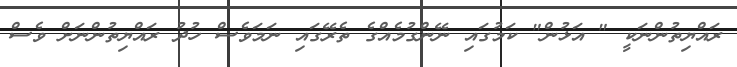
ރައްޔިތުންނަކީ " އަޅުން" ކަމުގައި ނޭންގުމެއްގެ ތެރޭގައި ނަމަވެސް ހުދު ރައްޔިތުންނަށް ވެސް